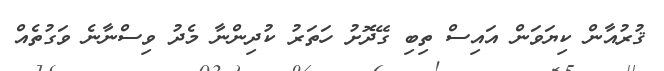
ޤުރުއާން ކިޔަވަން އައިސް ތިބި ގޭދޮށު ހަތަރު ކުދިންނާ މެދު ވިސްނާނެ ވަގުތެއް